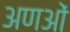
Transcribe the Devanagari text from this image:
अणओं